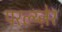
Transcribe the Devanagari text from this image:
परल्य्ज़ेर